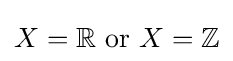
X=\mathbb {R} {\text{ or }}X=\mathbb {Z}